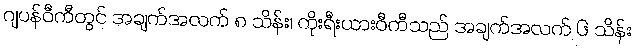
ဂျပန်ဝီကီတွင် အချက်အလက် ၈ သိန်း၊ ကိုးရီးယားဝီကီသည် အချက်အလက် ၆ သိန်း